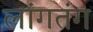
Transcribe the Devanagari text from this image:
लांगतंग